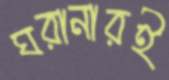
ঘরানারই